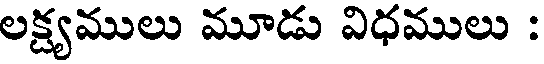
లక్ష్యములు మూడు విధములు :